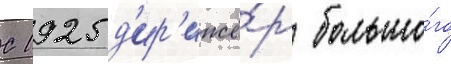
С 1925 д'ир'ижё́р большо́го